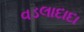
વડલાદાદા